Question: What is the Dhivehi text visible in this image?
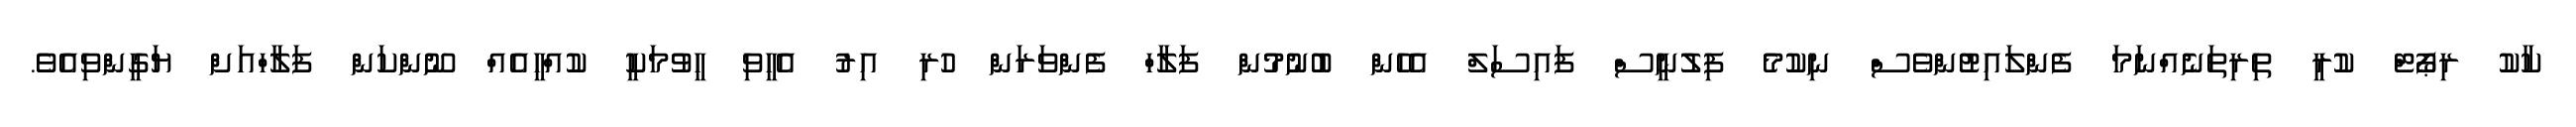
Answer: ކާކު ރިޕޯޓް ކުރީ ތިރިތަނެއްނަމަ ފެންލައިޓުންވެސް ނިކުމެ ފިލުނީސް ފައިސަލް އެހެން ބުނުމުން ފަލާހް ފެންވަރަން ހުރި އިރު އެހީވި ހީވުމަކީ ކުއްހީއެއް ނޫންކަން ފަލާހްއަށް ޔަގީންވިއެވެ.